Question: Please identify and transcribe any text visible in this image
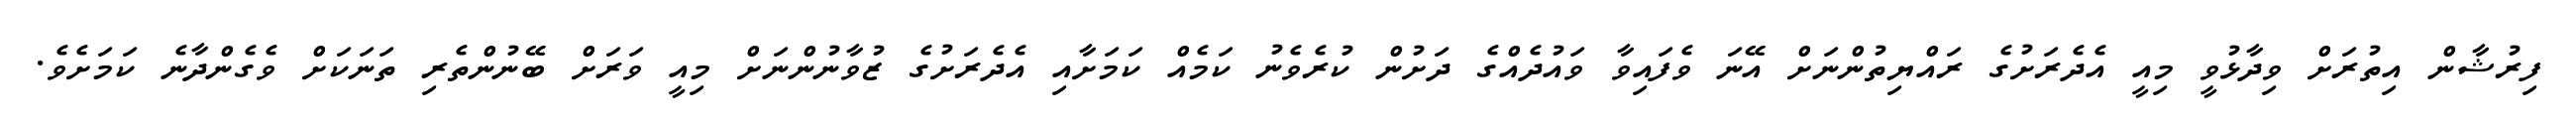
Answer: ފިރުޝާން އިތުރަށް ވިދާޅުވީ މިއީ އެދެރަށުގެ ރައްޔިތުންނަށް އޭނަ ވެފައިވާ ވައުދެއްގެ ދަށުން ކުރެވެނު ކަމެއް ކަމަށާއި އެދެރަށުގެ ޒުވާނުންނަށް މިއީ ވަރަށް ބޭނުންތެރި ތަނަކަށް ވެގެންދާނެ ކަމަށެވެ.